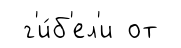
г'и́б'ел'и от